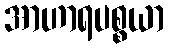
အာဟာရပစ္စယာ